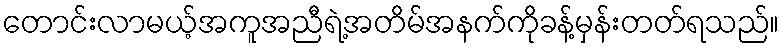
တောင်းလာမယ့်အကူအညီရဲ့အတိမ်အနက်ကိုခန့်မှန်းတတ်ရသည်။